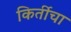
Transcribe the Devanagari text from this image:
किर्तीचा